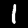
Label: 1